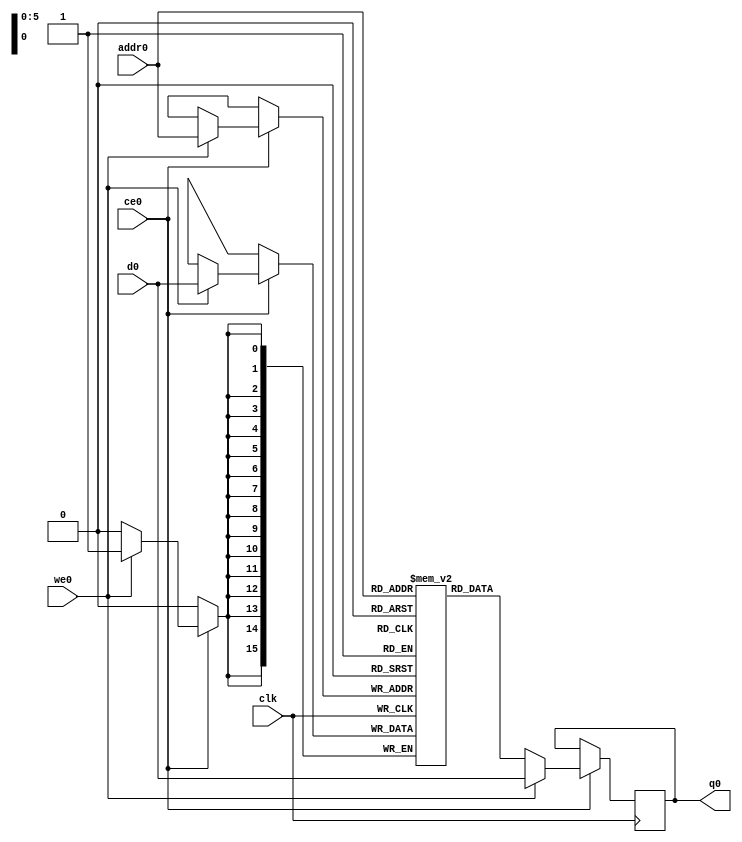
// ==============================================================
// File generated by Vivado(TM) HLS - High-Level Synthesis from C, C++ and SystemC
// Version: 2017.4
// Copyright (C) 1986-2017 Xilinx, Inc. All Rights Reserved.
// 
// ==============================================================

`timescale 1 ns / 1 ps
module dct_2d_row_outbuf_ram (addr0, ce0, d0, we0, q0,  clk);

parameter DWIDTH = 16;
parameter AWIDTH = 6;
parameter MEM_SIZE = 64;

input[AWIDTH-1:0] addr0;
input ce0;
input[DWIDTH-1:0] d0;
input we0;
output reg[DWIDTH-1:0] q0;
input clk;

(* ram_style = "block" *)reg [DWIDTH-1:0] ram[0:MEM_SIZE-1];




always @(posedge clk)  
begin 
    if (ce0) 
    begin
        if (we0) 
        begin 
            ram[addr0] <= d0; 
            q0 <= d0;
        end 
        else 
            q0 <= ram[addr0];
    end
end


endmodule


`timescale 1 ns / 1 ps
module dct_2d_row_outbuf(
    reset,
    clk,
    address0,
    ce0,
    we0,
    d0,
    q0);

parameter DataWidth = 32'd16;
parameter AddressRange = 32'd64;
parameter AddressWidth = 32'd6;
input reset;
input clk;
input[AddressWidth - 1:0] address0;
input ce0;
input we0;
input[DataWidth - 1:0] d0;
output[DataWidth - 1:0] q0;



dct_2d_row_outbuf_ram dct_2d_row_outbuf_ram_U(
    .clk( clk ),
    .addr0( address0 ),
    .ce0( ce0 ),
    .d0( d0 ),
    .we0( we0 ),
    .q0( q0 ));

endmodule